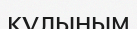
құлыным